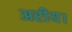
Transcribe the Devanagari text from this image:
अरीय।